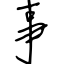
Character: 事